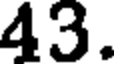
43.